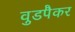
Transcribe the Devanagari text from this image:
वुडपैकर